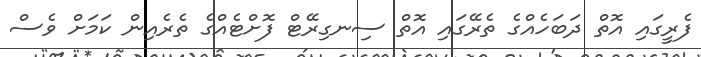
ފެެރީގައި އޮތް ދަބަހެއްގެ ތެރޭގައި އޮތް ސިނގިރޭޓް ފޮށްޓެއްގެ ތެރެއިން ކަމަށް ވެސް